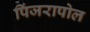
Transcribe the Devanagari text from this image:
पिंजरापोल